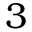
3